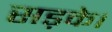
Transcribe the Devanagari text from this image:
सड़के।